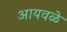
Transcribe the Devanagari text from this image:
आयवळे